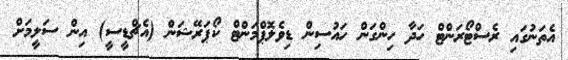
އެތަނުގައި ރެސްޓޯރަންޓް ހަދާ ހިންގަން ހައުސިން ޑިވެލޮޕްމަންޓް ކޯޕަރޭޝަން (އެޗްޑީސީ) އިން ސަލީމަށް